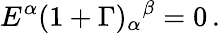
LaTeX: E^{\alpha}(1+\Gamma)_{\alpha}{}^{\beta}=0\, .